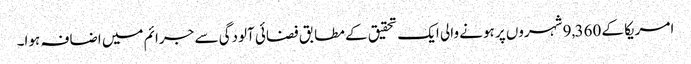
امریکا کے 9,360 شہروں پر ہونے والی ایک تحقیق کے مطابق فضائی آلودگی سے جرائم میں اضافہ ہوا۔